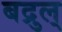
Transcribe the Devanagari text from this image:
बद्रुल्